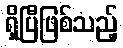
ရှိပြီဖြစ်သည့်